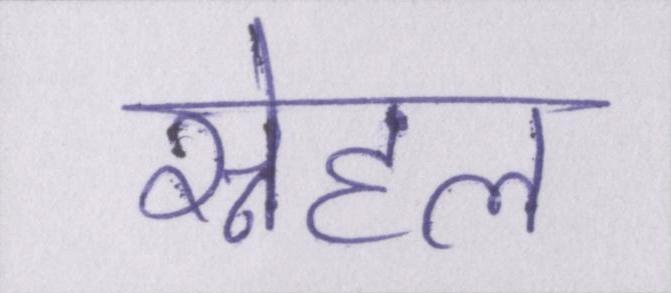
स्नेहल